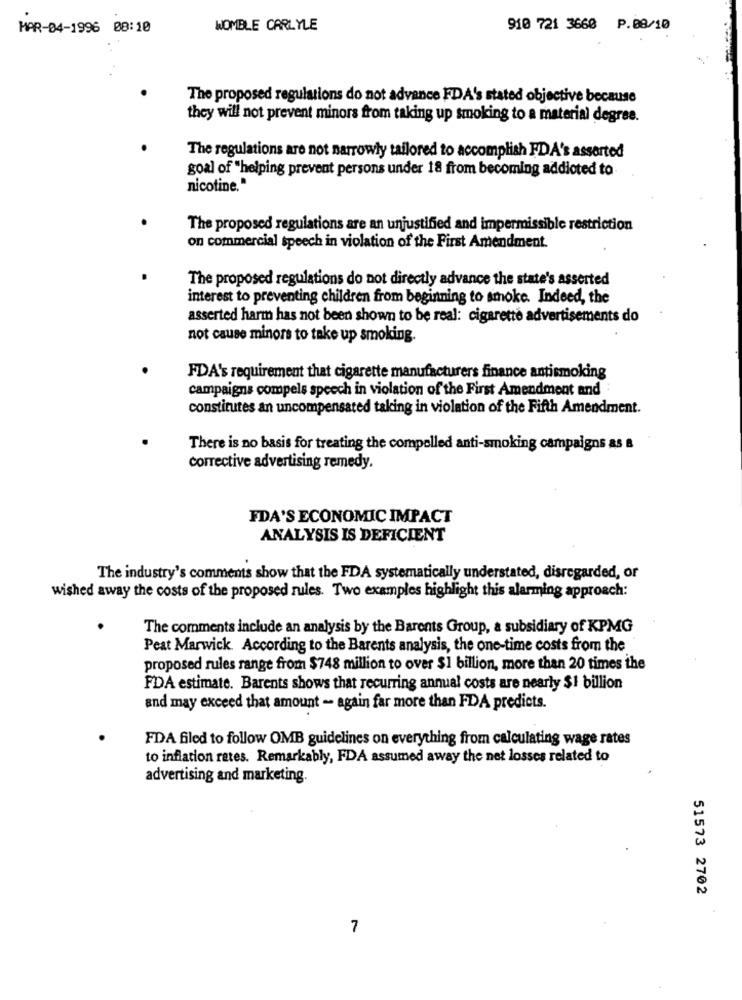
MAR-04-1996 08:10
WOMBLE CARLYLE
910 721 3660 P.08/10
The proposed regulations do not advance FDA's stated objective because
they will not prevent minors from taking up smoking to a material degree.
The regulations are not narrowly tailored to accomplish FDA's assorted
goal of "helping prevent persons under 18 from becoming addicted to
nicotine."
The proposed regulations are an unjustified and impermissible restriction
on commercial speech in violation of the First Amendment.
The proposed regulations do not directly advance the state's asserted
interest to preventing children from beginning to smoke. Indeed, the
asserted harm has not been shown to be real: cigarette advertisements do
not cause minors to take up smoking.
FDA's requirement that cigarette manufacturers finance antismoking
campaigns compels speech in violation of the First Amendment and
constitutes an uncompensated taking in violation of the Fifth Amendment.
There is no basis for treating the compelled anti-smoking campaigns as a
corrective advertising remedy.
FDA'S ECONOMIC IMPACT
ANALYSIS IS DEFICIENT
The industry's comments show that the FDA systematically understated, disregarded, or
wished away the costs of the proposed rules. Two examples highlight this alarming approach:
The comments include an analysis by the Barents Group, a subsidiary of KPMG
Peat Marwick. According to the Barents analysis, the one-time costs from the
proposed rules range from $748 million to over $1 billion, more than 20 times the
FDA estimate. Barents shows that recurring annual costs are nearly $1 billion
and may exceed that amount - again far more than FDA predicts.
FDA filed to follow OMB guidelines on everything from calculating wage rates
to inflation rates. Remarkably, FDA assumed away the net losses related to
advertising and marketing.
51573 2702
7